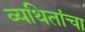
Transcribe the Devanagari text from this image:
व्यथितांचा